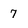
Character: 7